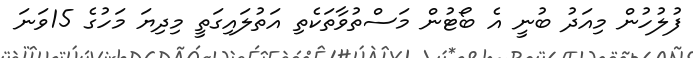
ފުލުހުން މިއަދު ބުނީ އެ ބޯޓުން މަސްތުވާތަކެތި އަތުލައިގަތީ މިދިޔަ މަހުގެ 15ވަނަ